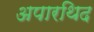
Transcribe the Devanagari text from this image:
अपारथिद